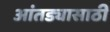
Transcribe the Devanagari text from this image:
आंतड्यासाठी